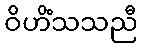
ဝိဟိံသသညီ